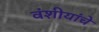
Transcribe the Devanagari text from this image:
वंशीयांचे